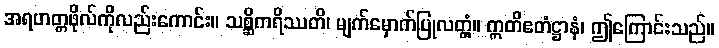
အရဟတ္တဖိုလ်ကိုလည်းကောင်း။ သစ္ဆိကရိဿတိ၊ မျက်မှောက်ပြုလတ္တံ့။ ဣတိဧတံဋ္ဌာနံ၊ ဤကြောင်းသည်။